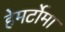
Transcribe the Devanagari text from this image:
हेमर्टोमा